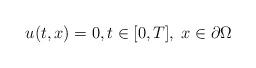
LaTeX: \begin{align*} u(t,x) = 0,t\in [0,T],\; x\in \partial\Omega\end{align*}